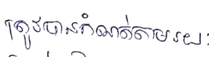
ត្រូវបានកំណត់តាមរយៈ